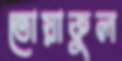
তোয়াকুল